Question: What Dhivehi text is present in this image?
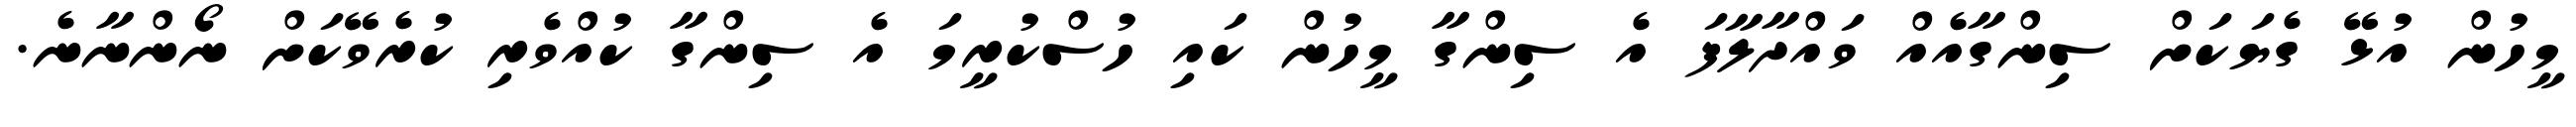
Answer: މީހުން އުޅޭ ގެޔަކަށް ސިންގާއެއް ވައްދާލާފަ އެ ސިންގާ މީހުން ކައި ހުސްކުރީމަ އެ ސިންގާ ކުއްވެރި ކުރެވޭކަށް ނޯންނާނެ.